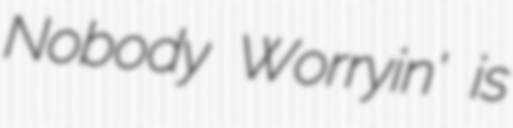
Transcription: Nobody Worryin' is